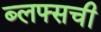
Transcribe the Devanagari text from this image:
ब्लफ्सची